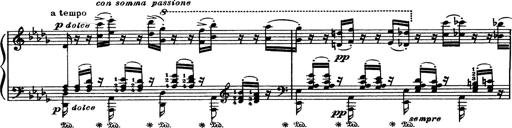
Title: Paraphrase de concert sur Rigoletto
Composer: Franz Liszt